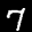
Label: 7